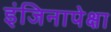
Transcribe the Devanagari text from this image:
इंजिनापेक्षा